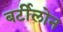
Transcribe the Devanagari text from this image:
बर्टीलोन